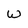
Character: W